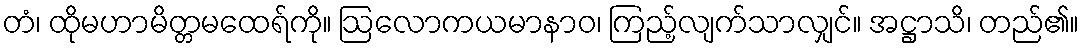
တံ၊ ထိုမဟာမိတ္တမထေရ်ကို။ ဩလောကယမာနာဝ၊ ကြည့်လျက်သာလျှင်။ အဋ္ဌာသိ၊ တည်၏။